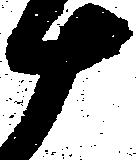
十